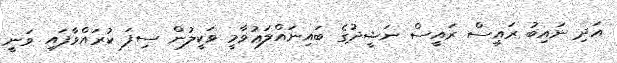
އަދި ނައިބު ރައީސް ރައީސް ނަޝީދުގެ ބައިނައްލަޢުވާމީ ވަކީލުން ސިފަ ކުރައްވާފައި ވަނީ